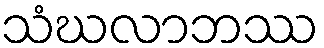
သံဃလာဘဿ